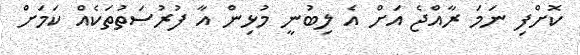
ކޮށްފި ނަމަ ރާއްޖެ އަށް އެ ލިބުނީ މުޅިން އާ ފުރުސަތުތަކެއް ކަމަށް